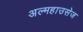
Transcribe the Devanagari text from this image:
अल्महाउसेज